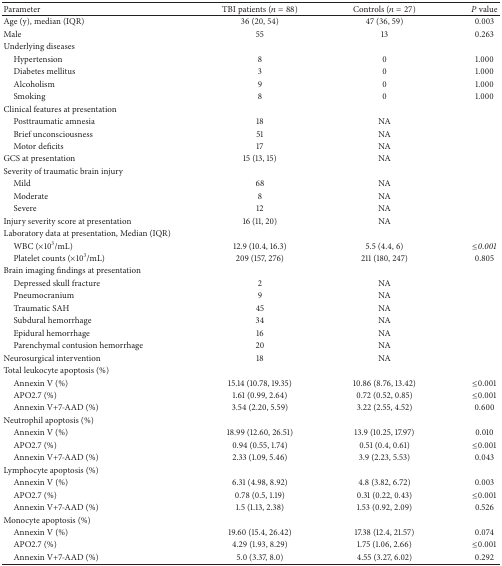
<table><thead><tr><td><b>Parameter</b></td><td><b>TBI patients(<i>n</i> = 88)</b></td><td><b>Controls(<i>n</i> = 27)</b></td><td><b><i>P</i> value</b></td></tr></thead><tbody><tr><td>Age (y), median (IQR)</td><td>36 (20, 54)</td><td>47 (36, 59)</td><td>0.003</td></tr><tr><td>Male </td><td>55</td><td>13</td><td>0.263</td></tr><tr><td>Underlying diseases</td><td> </td><td> </td><td> </td></tr><tr><td> Hypertension</td><td>8</td><td>0</td><td>1.000</td></tr><tr><td> Diabetes mellitus</td><td>3</td><td>0</td><td>1.000</td></tr><tr><td> Alcoholism</td><td>9</td><td>0</td><td>1.000</td></tr><tr><td> Smoking </td><td>8</td><td>0</td><td>1.000</td></tr><tr><td>Clinical features at presentation</td><td> </td><td> </td><td> </td></tr><tr><td> Posttraumatic amnesia</td><td>18</td><td>NA</td><td> </td></tr><tr><td> Brief unconsciousness</td><td>51</td><td>NA</td><td> </td></tr><tr><td> Motor deficits</td><td>17</td><td>NA</td><td> </td></tr><tr><td>GCS at presentation</td><td>15 (13, 15)</td><td>NA</td><td> </td></tr><tr><td>Severity of traumatic brain injury</td><td> </td><td> </td><td> </td></tr><tr><td> Mild</td><td>68</td><td>NA</td><td> </td></tr><tr><td> Moderate </td><td>8</td><td>NA</td><td> </td></tr><tr><td> Severe</td><td>12</td><td>NA</td><td> </td></tr><tr><td>Injury severity score at presentation</td><td>16 (11, 20)</td><td>NA</td><td> </td></tr><tr><td>Laboratory data at presentation, Median (IQR)</td><td> </td><td> </td><td> </td></tr><tr><td> WBC (×10<sup>3</sup>/mL)</td><td>12.9 (10.4, 16.3)</td><td>5.5 (4.4, 6)</td><td>≤<i>0.001 </i></td></tr><tr><td> Platelet counts (×10<sup>3</sup>/mL)</td><td>209 (157, 276)</td><td>211 (180, 247)</td><td>0.805</td></tr><tr><td>Brain imaging findings at presentation</td><td> </td><td> </td><td> </td></tr><tr><td> Depressed skull fracture</td><td>2</td><td>NA</td><td> </td></tr><tr><td> Pneumocranium </td><td>9</td><td>NA</td><td> </td></tr><tr><td> Traumatic SAH</td><td>45</td><td>NA</td><td> </td></tr><tr><td> Subdural hemorrhage</td><td>34</td><td>NA</td><td> </td></tr><tr><td> Epidural hemorrhage</td><td>16</td><td>NA</td><td> </td></tr><tr><td> Parenchymal contusion hemorrhage</td><td>20</td><td>NA</td><td> </td></tr><tr><td>Neurosurgical intervention</td><td>18</td><td>NA</td><td> </td></tr><tr><td>Total leukocyte apoptosis (%)</td><td> </td><td> </td><td> </td></tr><tr><td> Annexin V (%)</td><td>15.14 (10.78, 19.35)</td><td>10.86 (8.76, 13.42)</td><td>≤0.001</td></tr><tr><td> APO2.7 (%)</td><td>1.61 (0.99, 2.64)</td><td>0.72 (0.52, 0.85)</td><td>≤0.001</td></tr><tr><td> Annexin V+7-AAD (%)</td><td>3.54 (2.20, 5.59)</td><td>3.22 (2.55, 4.52)</td><td>0.600</td></tr><tr><td>Neutrophil apoptosis (%)</td><td> </td><td> </td><td> </td></tr><tr><td> Annexin V (%)</td><td>18.99 (12.60, 26.51)</td><td>13.9 (10.25, 17.97)</td><td>0.010</td></tr><tr><td> APO2.7 (%)</td><td>0.94 (0.55, 1.74)</td><td>0.51 (0.4, 0.61)</td><td>≤0.001</td></tr><tr><td> Annexin V+7-AAD (%)</td><td>2.33 (1.09, 5.46)</td><td>3.9 (2.23, 5.53)</td><td>0.043</td></tr><tr><td>Lymphocyte apoptosis (%)</td><td> </td><td> </td><td> </td></tr><tr><td> Annexin V (%)</td><td>6.31 (4.98, 8.92)</td><td>4.8 (3.82, 6.72)</td><td>0.003</td></tr><tr><td> APO2.7 (%)</td><td>0.78 (0.5, 1.19)</td><td>0.31 (0.22, 0.43)</td><td>≤0.001</td></tr><tr><td> Annexin V+7-AAD (%)</td><td>1.5 (1.13, 2.38)</td><td>1.53 (0.92, 2.09)</td><td>0.526</td></tr><tr><td>Monocyte apoptosis (%)</td><td> </td><td> </td><td> </td></tr><tr><td> Annexin V (%)</td><td>19.60 (15.4, 26.42)</td><td>17.38 (12.4, 21.57)</td><td>0.074</td></tr><tr><td> APO2.7 (%)</td><td>4.29 (1.93, 8.29)</td><td>1.75 (1.06, 2.66)</td><td>≤0.001</td></tr><tr><td> Annexin V+7-AAD (%)</td><td>5.0 (3.37, 8.0)</td><td>4.55 (3.27, 6.02)</td><td>0.292</td></tr></tbody></table>